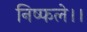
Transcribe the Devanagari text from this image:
निष्फले।।